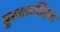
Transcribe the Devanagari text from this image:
बुलातसिंहला